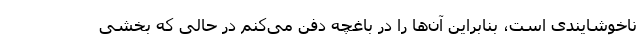
ناخوشایندی است، بنابراین آن‌ها را در باغچه دفن می‌کنم در حالی که بخشی